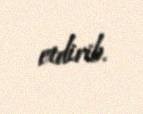
etdirib.